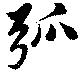
弧